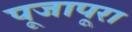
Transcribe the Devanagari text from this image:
पूजापूरा